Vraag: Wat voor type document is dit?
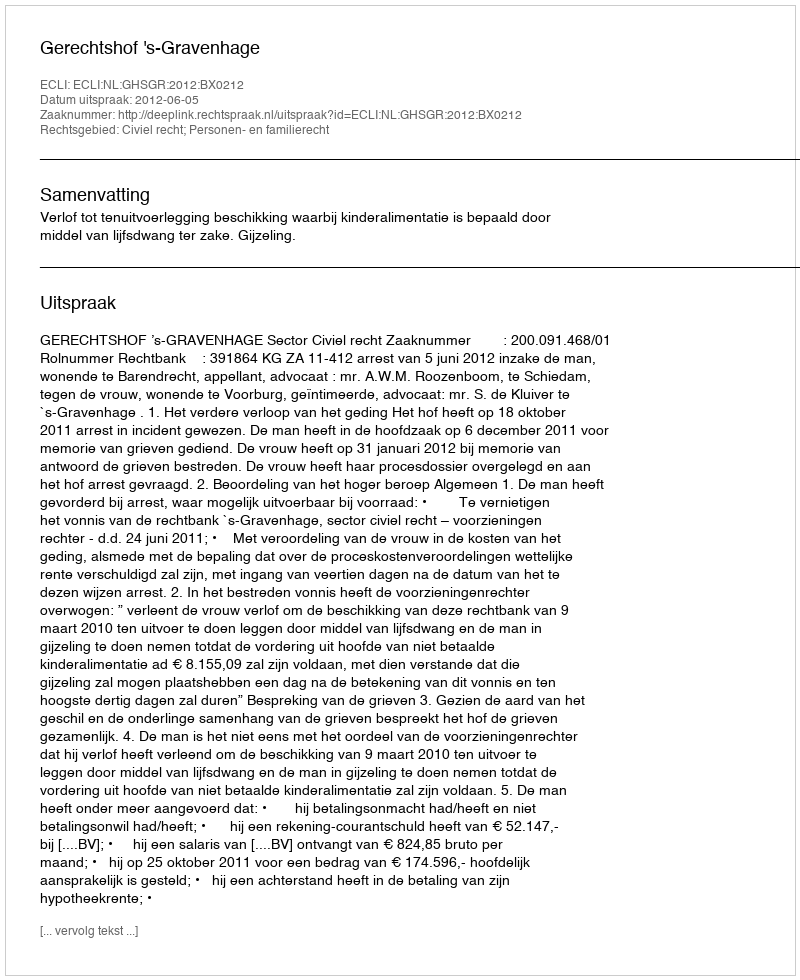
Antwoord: Uitspraak